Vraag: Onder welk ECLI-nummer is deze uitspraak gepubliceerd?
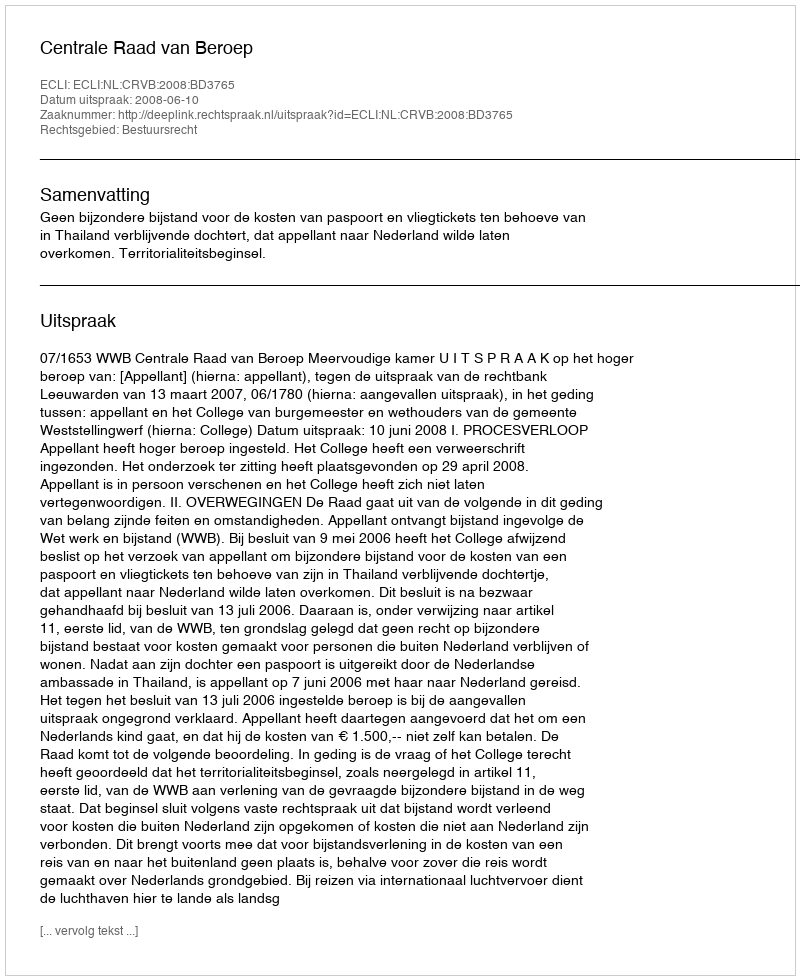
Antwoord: ECLI:NL:CRVB:2008:BD3765